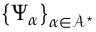
\left\{ \Psi _ { \boldsymbol { \alpha } } \right\} _ { \boldsymbol { \alpha } \in \mathcal { A } ^ { \star } }